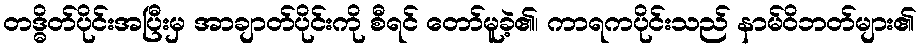
တဒ္ဓိတ်ပိုင်းအပြီးမှ အာချာတ်ပိုင်းကို စီရင် တော်မူခဲ့၏၊ ကာရကပိုင်းသည် နာမ်ဝိဘတ်များ၏